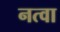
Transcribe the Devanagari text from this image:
नत्वा